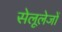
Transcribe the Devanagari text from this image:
सेलूलेजों